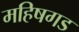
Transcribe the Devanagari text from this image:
महिषगड